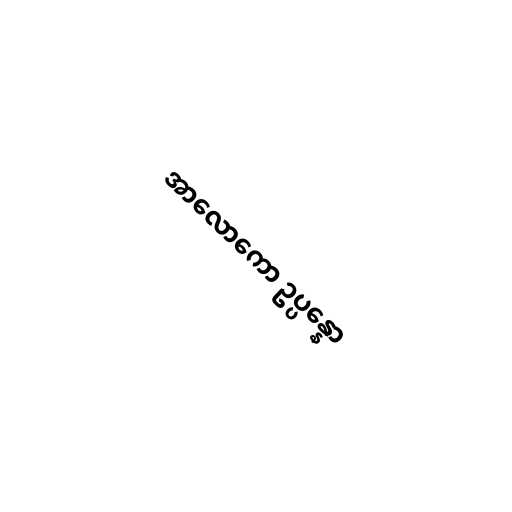
အာလောကော ဥပ္ပန္နော